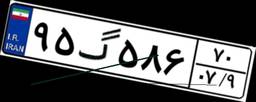
۰۷گ۳۹۴۶۶